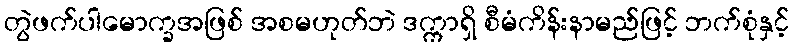
တွဲဖက်ပါမောက္ခအဖြစ် အစမဟုတ်ဘဲ ဒက္ကာရှိ စီမံကိန်းနာမည်ဖြင့် ဘက်စုံနှင့်